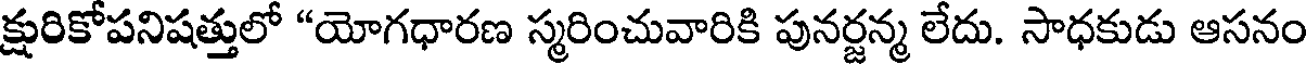
క్షురికోపనిషత్తులో "యోగధారణ స్మరించువారికి పునర్జన్మ లేదు. సాధకుడు ఆసనం